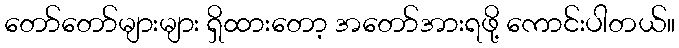
တော်တော်များများ ရှိထားတော့ အတော်အားရဖို့ ကောင်းပါတယ်။